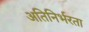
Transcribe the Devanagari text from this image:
अतिनिर्भरता